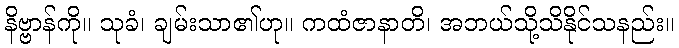
နိဗ္ဗာန်ကို။ သုခံ၊ ချမ်းသာ၏ဟု။ ကထံဇာနာတိ၊ အဘယ်သို့သိနိုင်သနည်း။